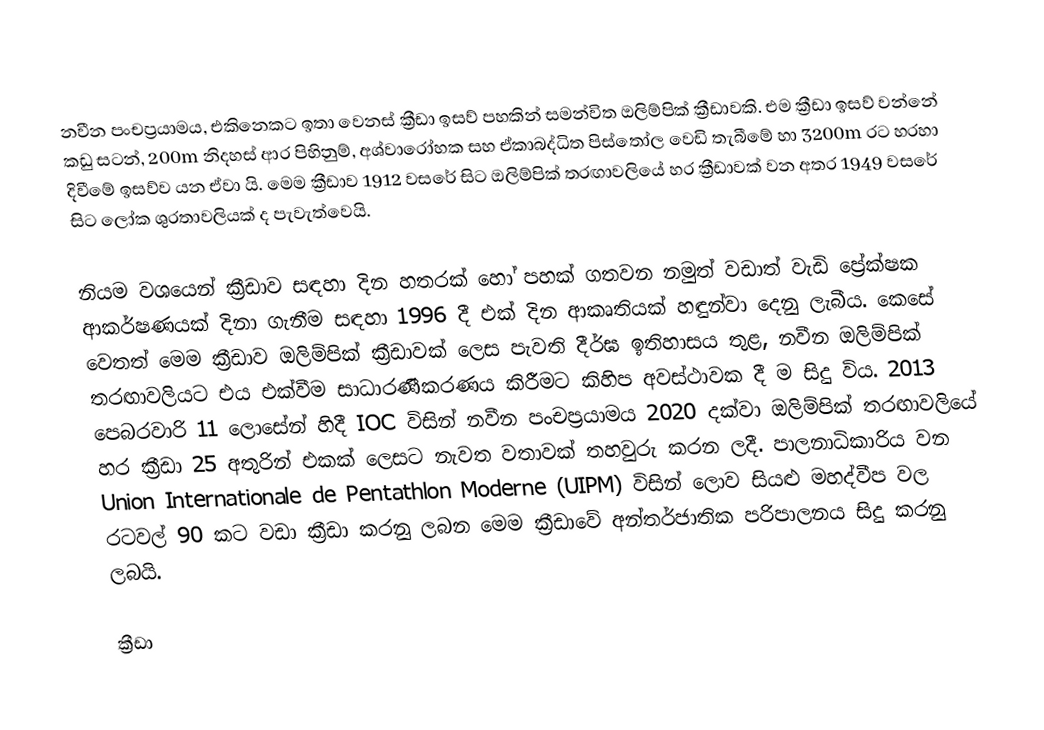
නවීන පංචප්‍රයාමය, එකිනෙකට ඉතා වෙනස් ක්‍රීඩා ඉසව් පහකින් සමන්විත ඔලිම්පික් ක්‍රීඩාවකි. එම ක්‍රීඩා ඉසව් වන්නේ කඩු සටන්, 200m නිදහස් ආර පිහිනුම්, අශ්වාරෝහක සහ ඒකාබද්ධිත පිස්තෝල වෙඩි තැබීමේ හා 3200m රට හරහා දිවීමේ ඉසව්ව යන ඒවා යි.  මෙම ක්‍රීඩාව 1912 වසරේ සිට ඔලිම්පික් තරඟාවලියේ හර ක්‍රීඩාවක් වන අතර 1949 වසරේ සිට ලෝක ශුරතාවලියක් ද පැවැත්වෙයි.

නියම වශයෙන් ක්‍රීඩාව සඳහා දින හතරක් හෝ පහක් ගතවන නමුත් වඩාත් වැඩි ප්‍රේක්ෂක ආකර්ෂණයක් දිනා ගැනීම සඳහා 1996 දී එක් දින ආකෘතියක් හඳුන්වා දෙනු ලැබීය. කෙසේ වෙතත් මෙම ක්‍රීඩාව ඔලිම්පික් ක්‍රීඩාවක් ලෙස පැවති දීර්ඝ ඉතිහාසය තුළ, නවීන ඔලිම්පික් තරඟාවලියට එය එක්වීම සාධාරණීකරණය කිරීමට කිහිප අවස්ථාවක දී ම සිදු විය.  2013 පෙබරවාරි 11 ලොසේන් හිදී IOC විසින් නවීන පංචප්‍රයාමය 2020 දක්වා ඔලිම්පික් තරඟාවලියේ  හර ක්‍රීඩා 25 අතුරින් එකක් ලෙසට නැවත වතාවක් තහවුරු කරන ලදී. පාලනාධිකාරිය වන  Union Internationale de Pentathlon Moderne (UIPM) විසින් ලොව සියළු මහද්වීප වල රටවල් 90 කට වඩා ක්‍රීඩා කරනු ලබන මෙම ක්‍රීඩාවේ අන්තර්ජාතික පරිපාලනය සිදු කරනු ලබයි.

ක්‍රීඩා